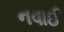
નવાઈ